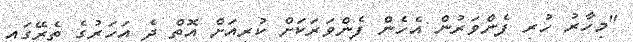
"މިހާރު ހުރި ފެންވަރުން އެހެން ފެންވަރަކަށް ކުރިއަށް އޮތް ދެ އަހަރުގެ ތެރޭގައި